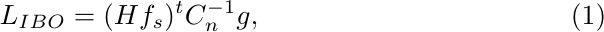
\begin{equation}\label{eq:likeratio2}
L_{IBO}=(Hf_{s})^t C_{n}^{-1}g,
\end{equation}